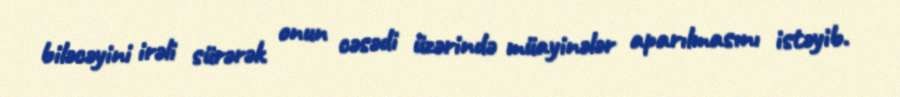
biləcəyini irəli sürərək onun cəsədi üzərində müayinələr aparılmasını istəyib.